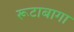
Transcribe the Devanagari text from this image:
रूटाबागा